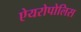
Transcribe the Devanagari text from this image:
ऐयरोपोलिस